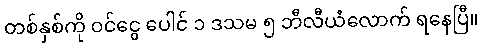
တစ်နှစ်ကို ဝင်ငွေ ပေါင် ၁ ဒသမ ၅ ဘီလီယံလောက် ရနေပြီ။